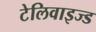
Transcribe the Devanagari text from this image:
टेलिवाइज्ड